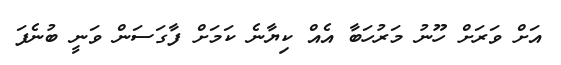
އަށް ވަރަށް ހޫނު މަރުހަބާ އެއް ކިޔާނެ ކަމަށް ފާގަސަން ވަނީ ބުނެފަ